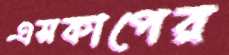
এসকাপের